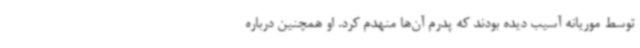
توسط موریانه آسیب دیده بودند که پدرم آن‌ها منهدم کرد. او همچنین درباره